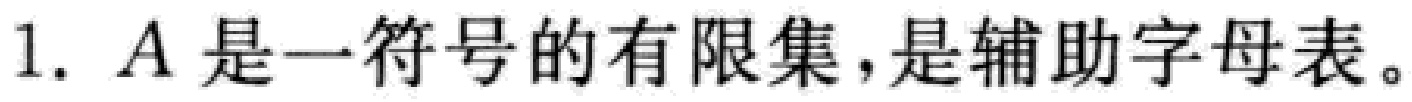
1. \(A\)是一符号的有限集，是辅助字母表。